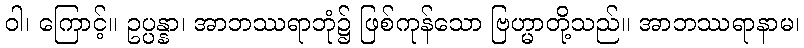
ဝါ၊ ကြောင့်။ ဥပ္ပန္နာ၊ အာဘဿရာဘုံ၌ ဖြစ်ကုန်သော ဗြဟ္မာတို့သည်။ အာဘဿရာနာမ၊